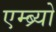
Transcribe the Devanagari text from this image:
एम्ब्र्यो